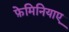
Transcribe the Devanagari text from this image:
फ़ेमिनियाए